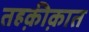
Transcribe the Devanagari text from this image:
तहक़ीक़ात